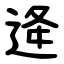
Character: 逄